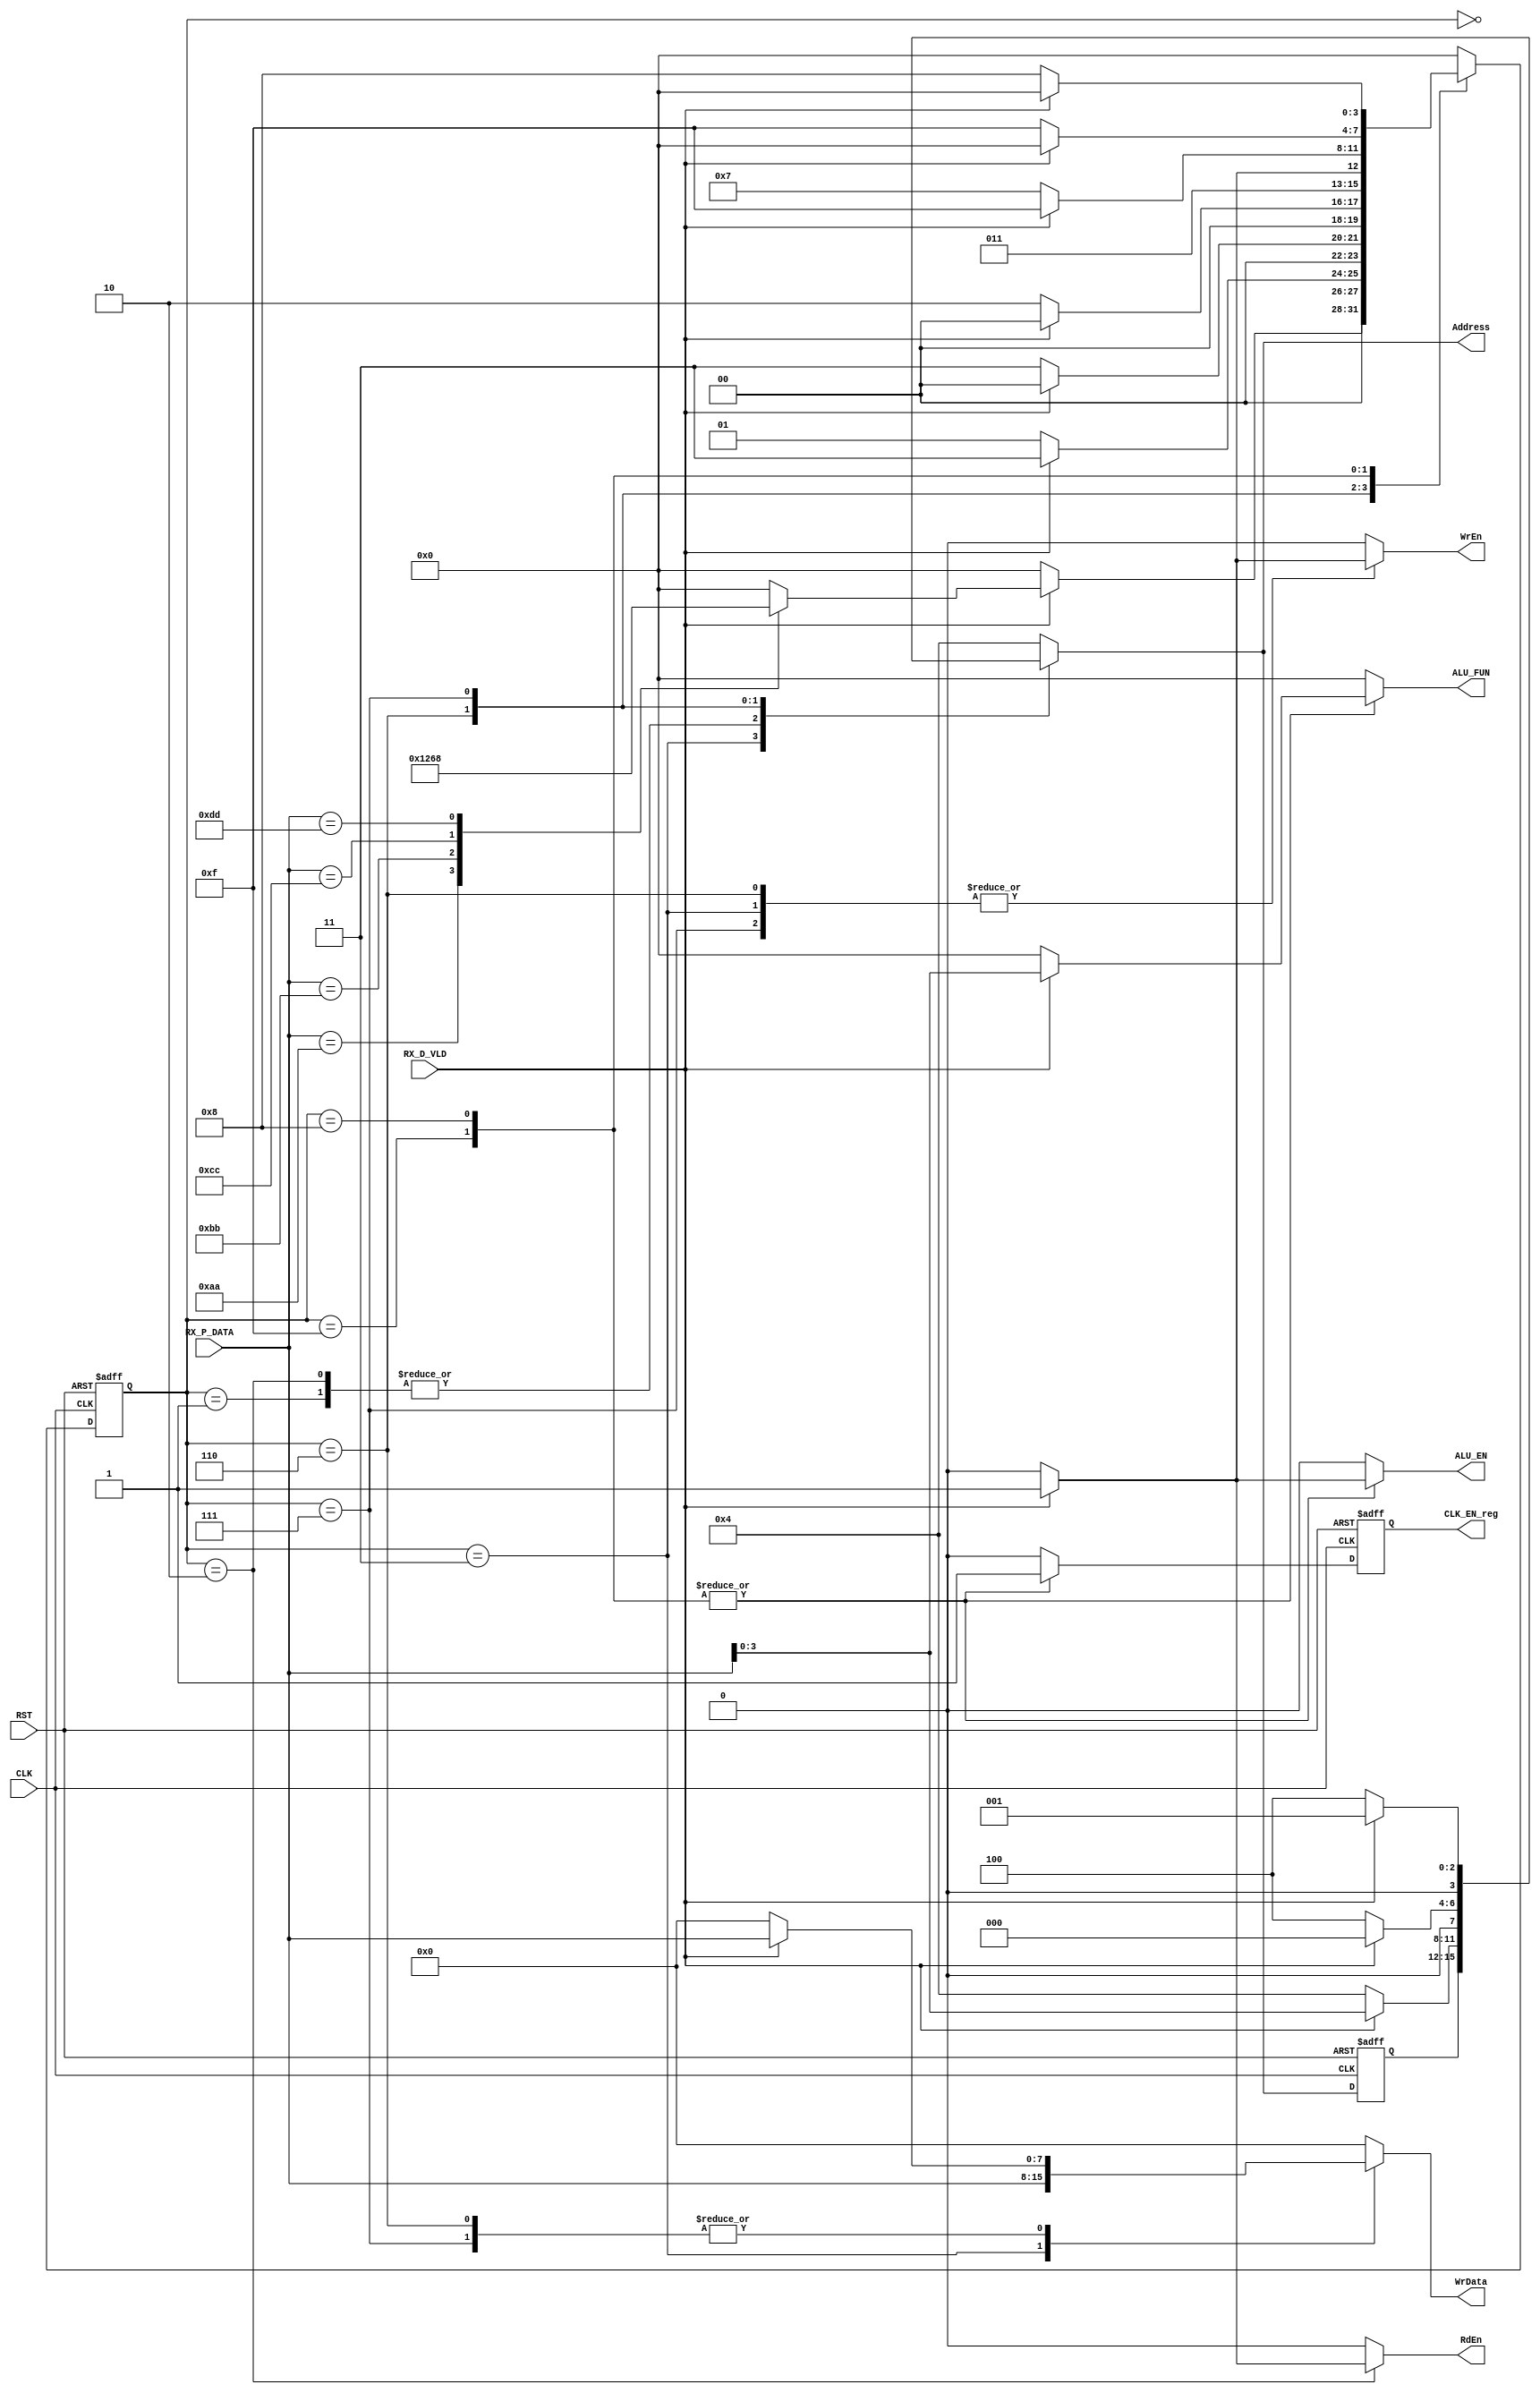
module SYS_CTRL_Rx
(
	input   wire   [7:0]   RX_P_DATA    ,
	input   wire           RX_D_VLD     ,

	input   wire           CLK          ,
	input   wire           RST          ,

    
    output  reg            ALU_EN       ,
    output  reg    [3:0]   ALU_FUN      ,
    output  reg            CLK_EN_reg   ,

    output  reg    [3:0]   Address      ,
    output  reg            RdEn         ,
    output  reg            WrEn         ,
    output  reg    [7:0]   WrData       
);

//using Gray State Encoding for each successive states (Adv: Low Power / DisAdv: Complex Logic).
localparam IDLE     = 4'b 0000 ;

localparam WR_ADD   = 4'b 0001 ;
localparam WR_DATA  = 4'b 0011 ;

localparam RD_ADD   = 4'b 0010 ;

localparam ALU_OP_A = 4'b 0110 ;
localparam ALU_OP_B = 4'b 0111 ;
localparam ALU_FUNC = 4'b 1111 ;

localparam ALU_NOP  = 4'b 1000 ;


reg [3:0] current_state , next_state ;
reg [3:0] Addr_reg ;                      
reg       CLK_EN   ;

always @(posedge CLK or negedge RST) begin
	if (!RST) begin
		current_state <= IDLE ;
		Addr_reg      <= 4'b0 ;
		CLK_EN_reg    <= 1'b0 ;
	end
	else begin
		current_state <= next_state ;
		Addr_reg      <= Address    ;         //registering Address to avoid combinational loop @ WR_DATA state
		CLK_EN_reg    <= CLK_EN     ;         //registering CLK_EN to avoid Clock Gating within the ALU_VALID Signal
	end
end

always @(*) begin
	case(current_state)
		IDLE: begin
			ALU_EN  = 1'b0 ;
			ALU_FUN = 4'b0 ;
			Address = 4'h4 ;  //first 4 registers are Reserved
			RdEn    = 1'b0 ;
			WrEn    = 1'b0 ;
			WrData  = 8'b0 ;

			if (!RX_D_VLD) begin
				CLK_EN  = 1'b0 ;

				next_state = IDLE ;
			end
			else begin
				case(RX_P_DATA)
					8'h AA: begin
						CLK_EN  = 1'b0 ;

						next_state = WR_ADD ;
					end  
					8'h BB: begin
						CLK_EN  = 1'b0 ;

						next_state = RD_ADD ;
					end
					8'h CC: begin
						CLK_EN  = 1'b0 ;

						next_state = ALU_OP_A ;
					end
					8'h DD: begin
						CLK_EN  = 1'b0 ;

						next_state = ALU_NOP ;
					end
					default: begin
						CLK_EN  = 1'b0 ;

						next_state = IDLE ;
					end
				endcase
			end
		end
   
		WR_ADD: begin
			ALU_EN  = 1'b0 ;
			ALU_FUN = 4'b0 ;
			CLK_EN  = 1'b0 ;
			RdEn    = 1'b0 ;
			WrEn    = 1'b0 ;
			WrData  = 8'b0 ;	
			if (!RX_D_VLD) begin
				Address = 4'h4 ;

				next_state = WR_ADD ;
			end
			else begin
				Address = RX_P_DATA ;

				next_state = WR_DATA ;	
			end	
		end

		WR_DATA: begin
			ALU_EN  = 1'b0      ;
			ALU_FUN = 4'b0      ;
			CLK_EN  = 1'b0      ;
			Address = Addr_reg  ;
			RdEn    = 1'b0      ;
			WrData  = RX_P_DATA ;	
			if (!RX_D_VLD) begin
			    WrEn = 1'b0 ;

				next_state = WR_DATA ;
			end
			else begin
			    WrEn = 1'b1 ;

				next_state = IDLE ;	
			end					
		end

		RD_ADD: begin
			ALU_EN  = 1'b0 ;
			ALU_FUN = 4'b0 ;
			CLK_EN  = 1'b0 ;
			WrEn    = 1'b0 ;
			WrData  = 8'b0 ;
			if (!RX_D_VLD) begin
				Address = 4'h4 ;
				RdEn    = 1'b0 ;

				next_state = RD_ADD ;
			end
			else begin
				Address = RX_P_DATA ;
				RdEn    = 1'b1      ;

				next_state = IDLE ;	
			end				
		end

		ALU_OP_A: begin
			ALU_EN  = 1'b0 ;
			ALU_FUN = 4'b0 ;
			CLK_EN  = 1'b0 ;
			RdEn    = 1'b0 ;	
			if (!RX_D_VLD) begin
				Address = 4'h4 ;
				WrEn    = 1'b0 ;
				WrData  = 8'b0 ;

				next_state = ALU_OP_A ;
			end
			else begin
				Address = 4'h0      ;  //Reserved Register for Operand A
				WrEn    = 1'b1      ;
				WrData  = RX_P_DATA ;

				next_state = ALU_OP_B ;	
			end						
		end

		ALU_OP_B: begin
			ALU_EN  = 1'b0 ;
			ALU_FUN = 4'b0 ;
			CLK_EN  = 1'b0 ;
			RdEn    = 1'b0 ;	
			if (!RX_D_VLD) begin
				Address = 4'h4 ;
				WrEn    = 1'b0 ;
				WrData  = 8'b0 ;

				next_state = ALU_OP_B ;
			end
			else begin
				Address = 4'h1      ;  //Reserved Register for Operand B
				WrEn    = 1'b1      ;
				WrData  = RX_P_DATA ;

				next_state = ALU_FUNC ;	
			end				
		end

		ALU_FUNC: begin
			CLK_EN  = 1'b1 ;
			Address = 4'h4 ;
			RdEn    = 1'b0 ;
			WrEn    = 1'b0 ;
			WrData  = 8'b0 ;	
			if (!RX_D_VLD) begin
				ALU_EN  = 1'b0 ;
				ALU_FUN = 4'b0 ;

				next_state = ALU_FUNC ;
			end
			else begin
				ALU_EN  = 1'b1      ;
				ALU_FUN = RX_P_DATA ;

				next_state = IDLE ;	
			end				
		end

		ALU_NOP: begin
			CLK_EN  = 1'b1 ;
			Address = 4'h4 ;
			RdEn    = 1'b0 ;
			WrEn    = 1'b0 ;
			WrData  = 8'b0 ;	
			if (!RX_D_VLD) begin
				ALU_EN  = 1'b0 ;
				ALU_FUN = 4'b0 ;

				next_state = ALU_NOP ;
			end
			else begin
				ALU_EN  = 1'b1      ;
				ALU_FUN = RX_P_DATA ;

				next_state = IDLE ;	
			end				
		end

		default: begin
			ALU_EN  = 1'b0 ;
			ALU_FUN = 4'b0 ;
			CLK_EN  = 1'b0 ;
			Address = 4'h4 ; 
			RdEn    = 1'b0 ;
			WrEn    = 1'b0 ;
			WrData  = 8'b0 ;

			next_state = IDLE ;			
		end
	endcase
end

endmodule